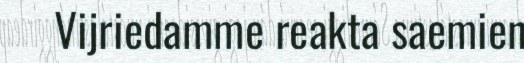
Vijriedamme reakta saemien